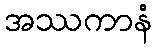
အဿကာနံ